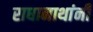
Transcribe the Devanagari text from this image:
राधानाथांनी